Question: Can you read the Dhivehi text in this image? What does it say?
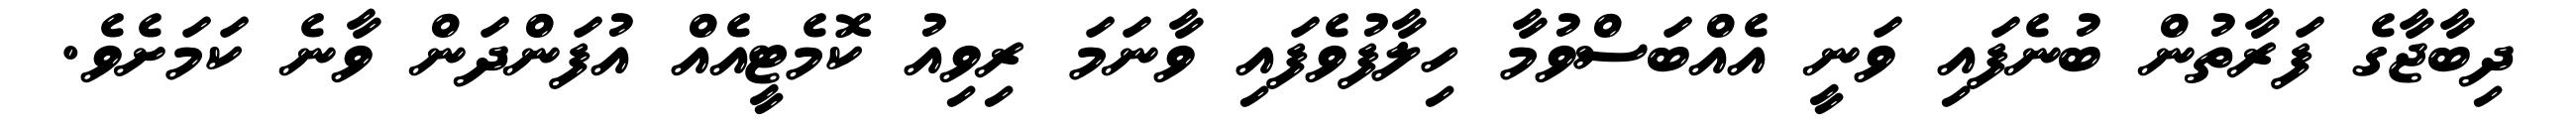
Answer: ދިބާޖާގެ ފަރާތުން ބުނެފައި ވަނީ އެއްބަސްވުމާ ހިލާފުވެފައި ވާނަމަ ރިވިއު ކޮމެޓީއެއް އުފަންދަން ވާނެ ކަމަށެވެ.